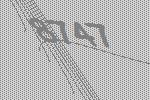
8747